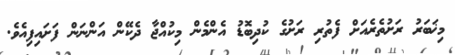
މިޚަބަރު ރަށުތެރެއަށް ފެތުރި ރަށުގެ ކުދިބޮޑު އެންމެން މިކުއްޖާ ދެކޭން އަންނަން ފަށައިފިއެވެ.